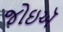
જોઇઍ